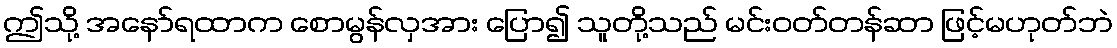
ဤသို့ အနော်ရထာက စောမွန်လှအား ပြော၍ သူတို့သည် မင်းဝတ်တန်ဆာ ဖြင့်မဟုတ်ဘဲ